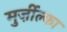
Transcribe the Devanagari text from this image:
मुर्ज़ील्का